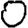
Digit: 0